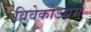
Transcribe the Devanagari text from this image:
विवेकोऽयम